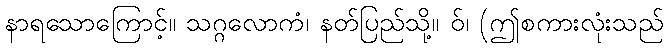
နာရသောကြောင့်။ သဂ္ဂလောကံ၊ နတ်ပြည်သို့။ ဝ်၊ (ဤစကားလုံးသည်